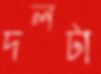
দলটা